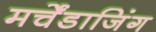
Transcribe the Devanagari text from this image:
मर्चेंडाजिंग